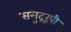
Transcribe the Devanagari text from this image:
समुद्ररूपी